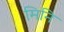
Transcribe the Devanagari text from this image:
मिनि